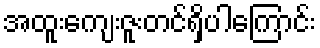
အထူးကျေးဇူးတင်ရှိပါကြောင်း